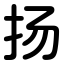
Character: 扬